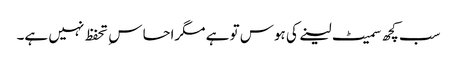
سب کچھ سمیٹ لینے کی ہوس تو ہے مگراحساس ِ تحفظ نہیں ہے۔